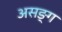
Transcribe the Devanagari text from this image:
असङ्ग